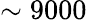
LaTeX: \sim 9000